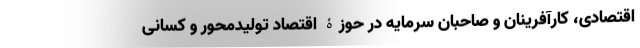
اقتصادی، کارآفرینان و صاحبان سرمایه در حوزۀ اقتصاد تولیدمحور و کسانی